65_HS1-834228961_62-HQ-83894_Section_4
Agency: FBI
Page 176
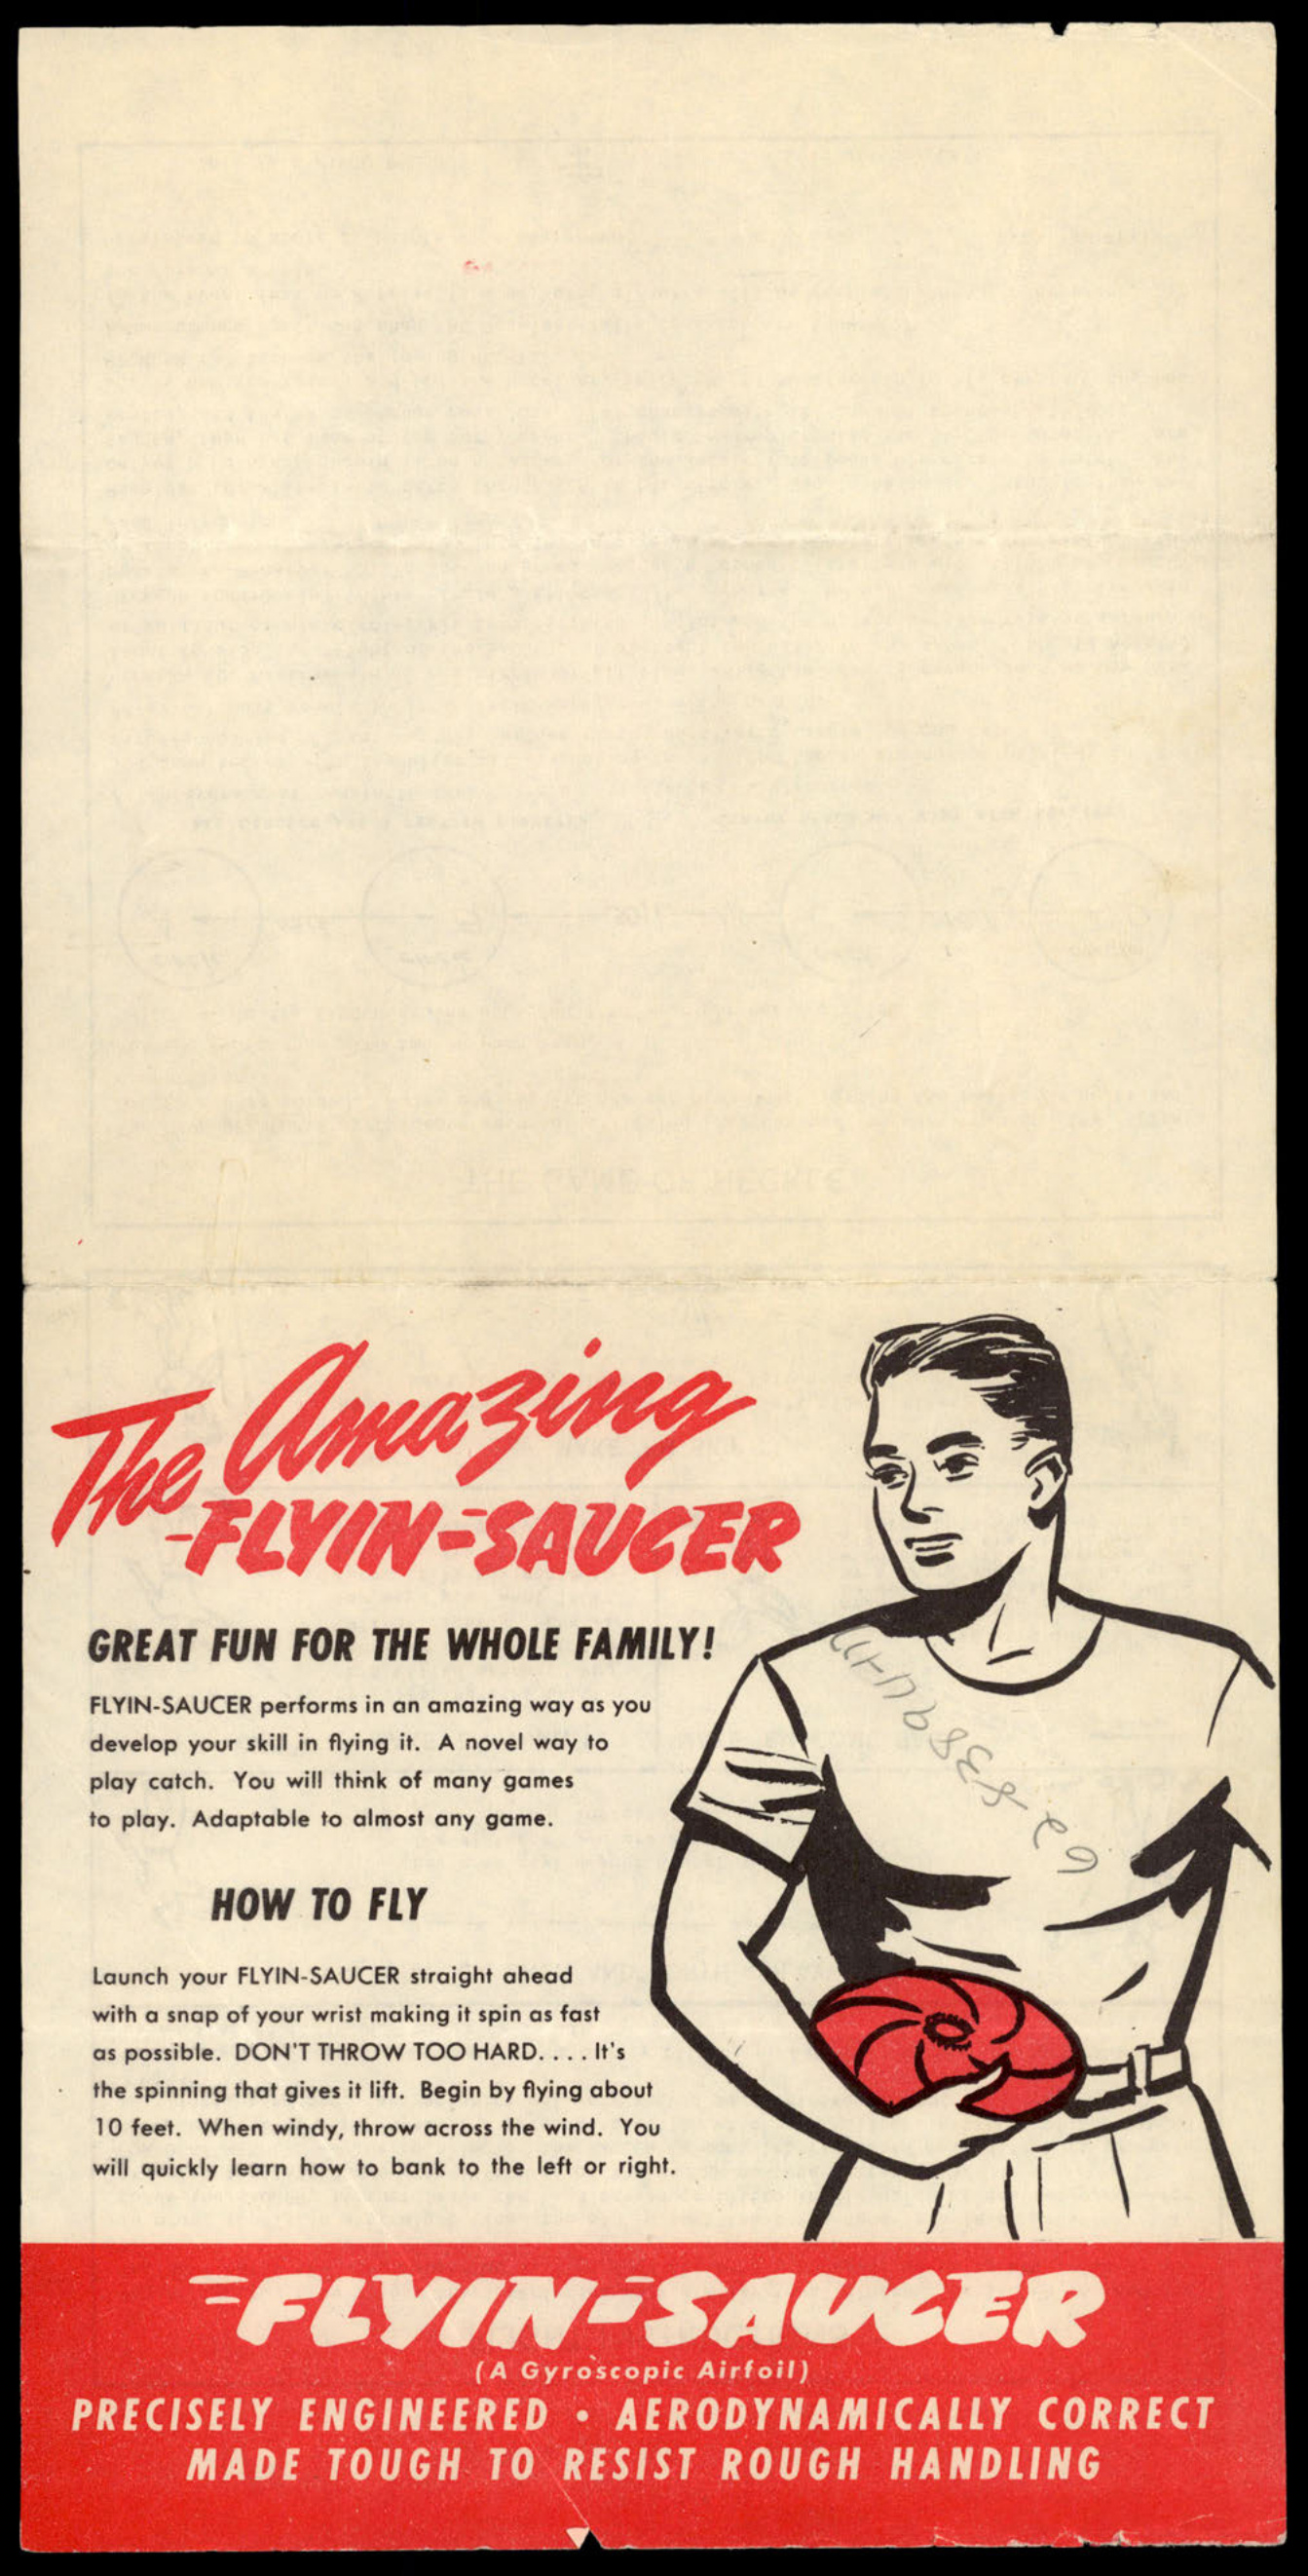